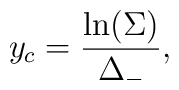
~y_c = \frac{\ln (\Sigma)}{ \Delta_-},